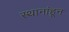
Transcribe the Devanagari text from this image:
स्थानांहून